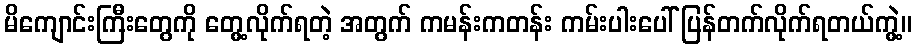
မိကျောင်းကြီးတွေကို တွေ့လိုက်ရတဲ့ အတွက် ကမန်းကတန်း ကမ်းပါးပေါ် ပြန်တက်လိုက်ရတယ်ကွဲ့။